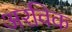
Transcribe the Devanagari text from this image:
अरविक